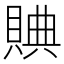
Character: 賟